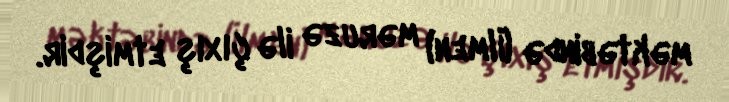
məktəbində (İlmen) məruzə ilə çıxış etmişdir.